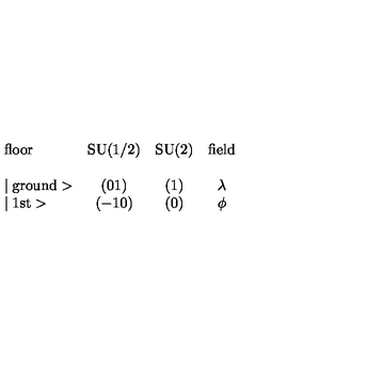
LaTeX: \begin{array} { l c c c } { \mathrm { f l o o r } } & { \mathrm { S U ( 1 / 2 ) } } & { \mathrm { S U ( 2 ) } } & { \mathrm { f i e l d } } \\ {   } \\ { \mid \mathrm { g r o u n d } > } & { ( 0 1 ) } & { ( 1 ) } & { \lambda } \\ { \mid \mathrm { 1 s t } > } & { ( - 1 0 ) } & { ( 0 ) } & { \phi } \\ \end{array}